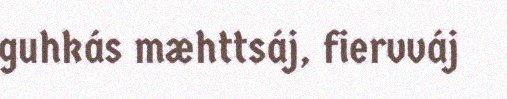
guhkás mæhttsáj, fiervváj